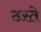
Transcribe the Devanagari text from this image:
ठऱते